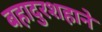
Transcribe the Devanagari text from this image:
बहादुरशहाने